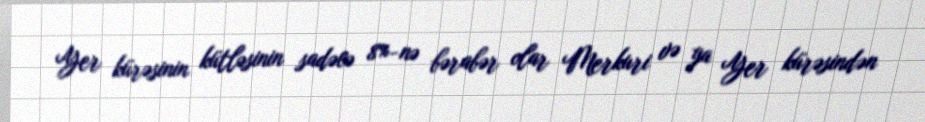
Yer kürəsinin kütləsinin sadəcə 8%-nə bərabər olar Merkuri və ya Yer kürəsindən